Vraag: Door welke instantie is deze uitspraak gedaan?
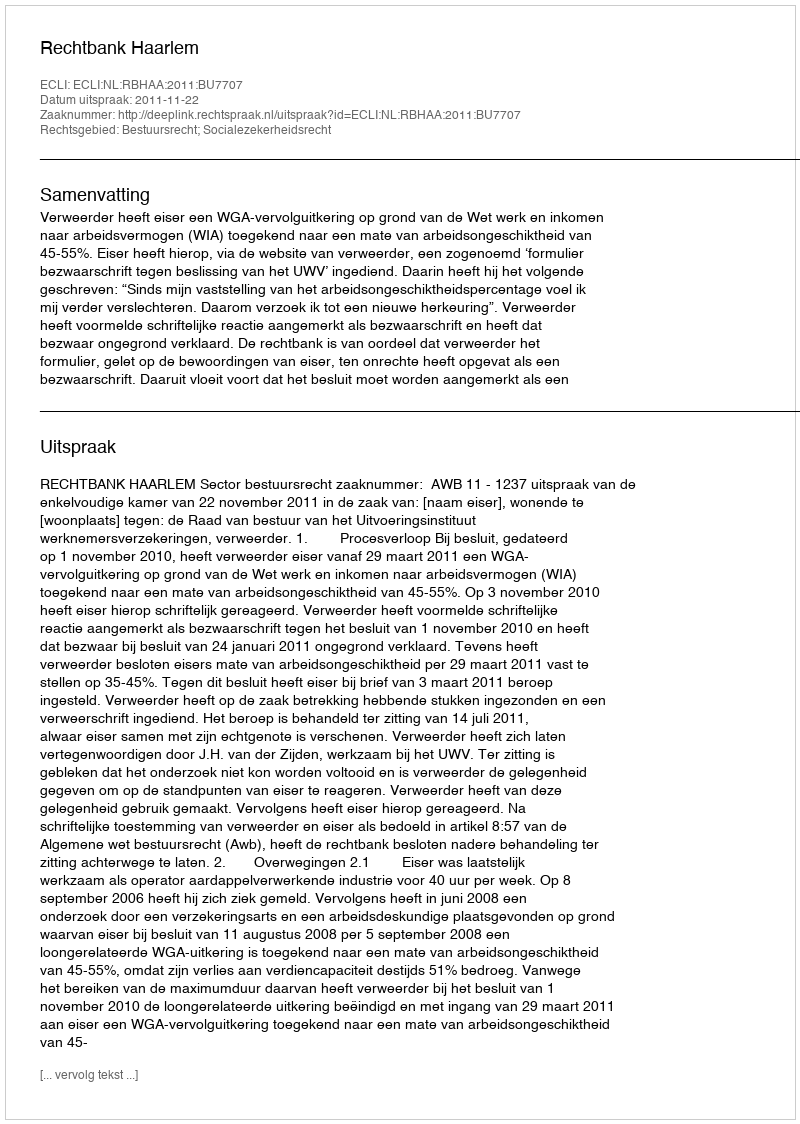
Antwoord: Rechtbank Haarlem